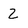
Character: 2